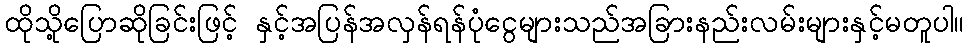
ထိုသို့ပြောဆိုခြင်းဖြင့် နှင့်အပြန်အလှန်ရန်ပုံငွေများသည်အခြားနည်းလမ်းများနှင့်မတူပါ။